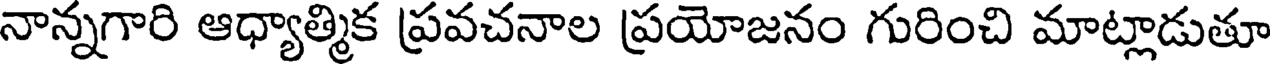
నాన్నగారి ఆధ్యాత్మిక ప్రవచనాల ప్రయోజనం గురించి మాట్లాడుతూ